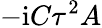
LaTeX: -\mathrm{i}C\tau^{2}A